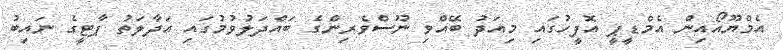
އެމްޔޫއޯއިން އެމްޑީޕީ އޮފީހުގައި މިއަދު ބޭއްވި ނޫސްވެރިންގެ ބައްދަލުވުމުގައި އަދާލަތު ޕާޓީގެ ނައިބު